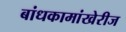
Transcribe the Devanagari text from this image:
बांधकामांखेरीज